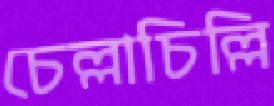
চেল্লাচিল্লি